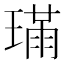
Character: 𤨸